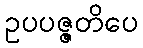
ဥပပဇ္ဇတိပေ